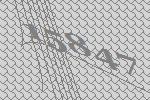
15847